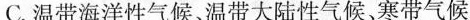
C.温带海洋性气候、温带大陆性气候、寒带气候